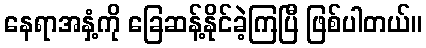
နေရာအနှံ့ကို ခြေဆန့်နိုင်ခဲ့ကြပြီ ဖြစ်ပါတယ်။